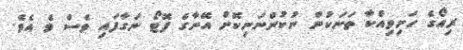
ރިއޯގެ ހަށިވިއްކާ ތަނަކުން ނުކުންނަނިކޮށް އޭނާގެ ފޮޓޯ ނަގާފައި ވެސް ވެ އެވެ.